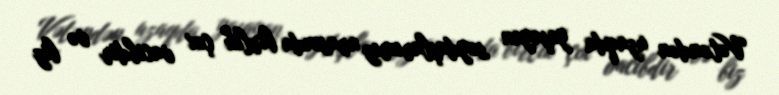
Vətəndən uzaqda yaşayan soydaşlarımız arasında birlik çox vacibdir və biz